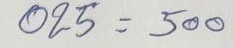
025 = 500